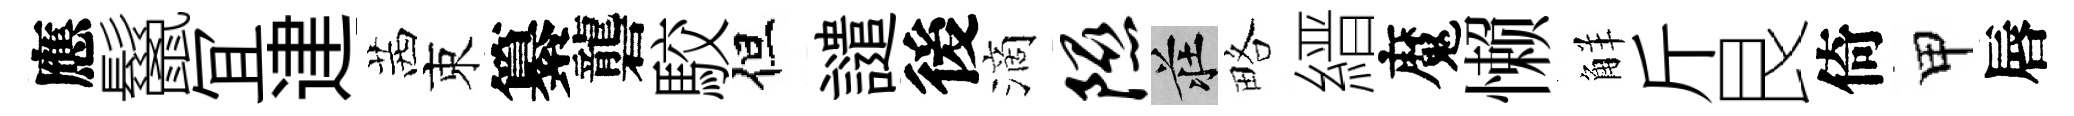
應鬣冝䢖茜束纂礱駮但譴後滴隰莊略縉魔懒觧斤艮倚甲唇